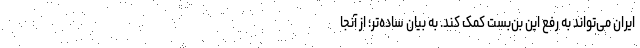
ایران می‌تواند به رفع این بن‌بست کمک کند. به بیان ساده‌تر؛ از آنجا